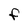
Character: F